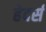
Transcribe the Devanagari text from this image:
हेदर्स